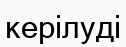
керілуді